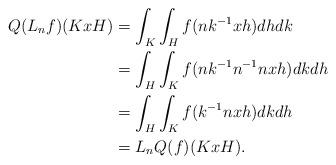
LaTeX: \begin{align*}Q(L_n f)(KxH)&= \int_K \int_H f(nk^{-1}xh) dh dk \\&=\int_H\int_K f(nk^{-1}n^{-1}nxh)dkdh\\&=\int_H\int_K f(k^{-1}nxh)dkdh\\&=L_n Q(f) (KxH) .\end{align*}